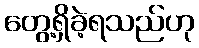
တွေ့ရှိခဲ့ရသည်ဟု